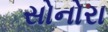
સોનોરા